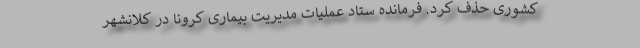
کشوری حذف کرد. فرمانده ستاد عملیات مدیریت بیماری کرونا در کلانشهر